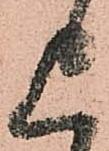
上